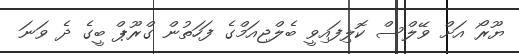
ޔޫރޯ އަށް ވޭލްސް ކޮލިފައިވީ ބެލްޖިއަމްގެ ފަހަތުން ގްރޫޕް ބީގެ ދެ ވަނަ